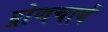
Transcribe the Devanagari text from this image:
द्रोणचार्य